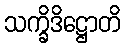
သက္ခိဒိဋ္ဌောတိ